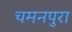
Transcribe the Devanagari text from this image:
चमनपुरा